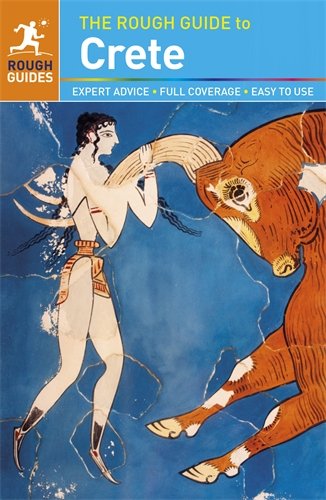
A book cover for The Rough Guide to Crete; John Fisher; Travel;